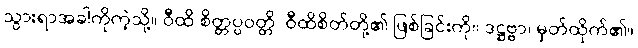
သွားရာအခါကိုကဲ့သို့။ ဝီထိ စိတ္တပ္ပဝတ္တိ၊ ဝီထိစိတ်တို့၏ ဖြစ်ခြင်းကို။ ဒဋ္ဌဗ္ဗာ၊ မှတ်ထိုက်၏။